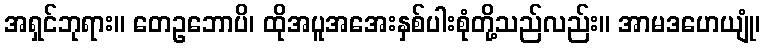
အရှင်ဘုရား။ တေဥဘောပိ၊ ထိုအပူအအေးနှစ်ပါးစုံတို့သည်လည်း။ အာမဒဟေယျုံ၊